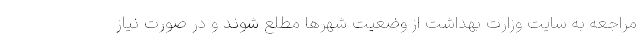
مراجعه به سایت وزارت بهداشت از وضعیت شهرها مطلع شوند و در صورت نیاز